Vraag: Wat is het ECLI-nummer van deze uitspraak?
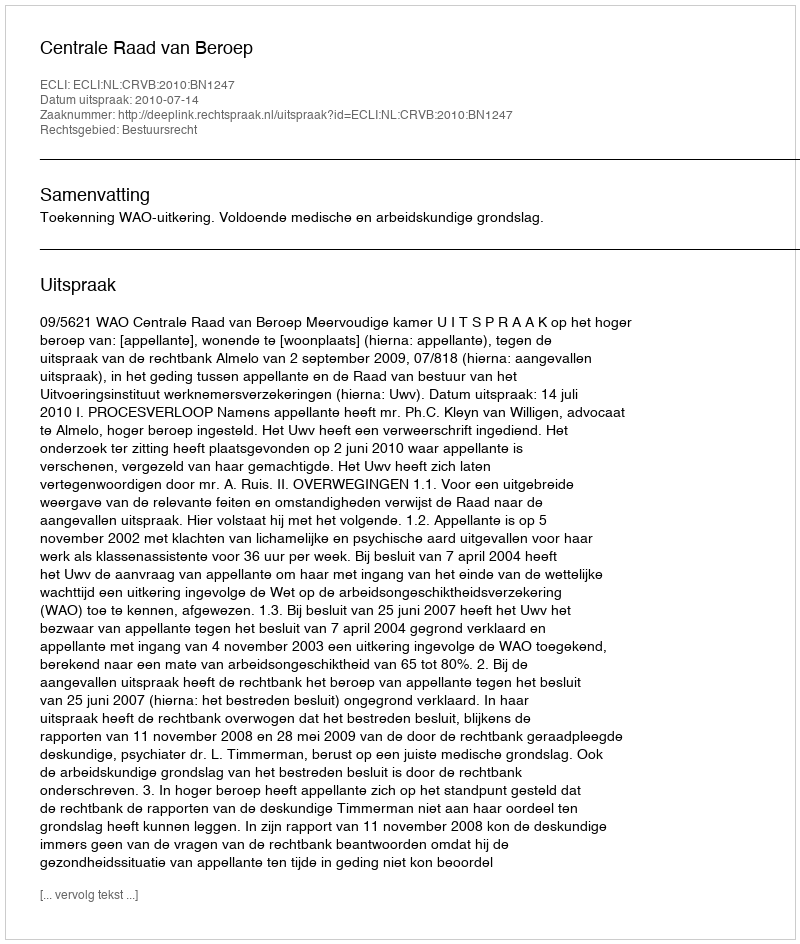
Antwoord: ECLI:NL:CRVB:2010:BN1247